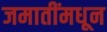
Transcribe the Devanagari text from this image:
जमातींमधून